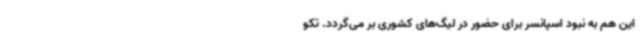
این هم به نبود اسپانسر برای حضور در لیگ‌های کشوری بر می‌گردد. تکو